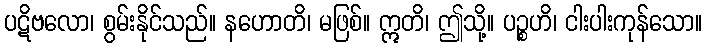
ပဋိဗလော၊ စွမ်းနိုင်သည်။ နဟောတိ၊ မဖြစ်။ ဣတိ၊ ဤသို့။ ပဉ္စဟိ၊ ငါးပါးကုန်သော။